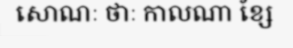
សោណៈ ថាៈ កាលណា ខ្សែ